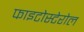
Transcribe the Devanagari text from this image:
फाइटोस्टेरोल